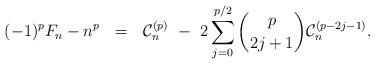
LaTeX: \begin{align*} (-1)^p F_n - n^p \ \ = \ \ \mathcal{C}_n^{(p)} \ - \ 2\sum_{j=0}^{p/2} \binom{p}{2j+1} \mathcal{C}_n^{(p-2j-1)}.\end{align*}